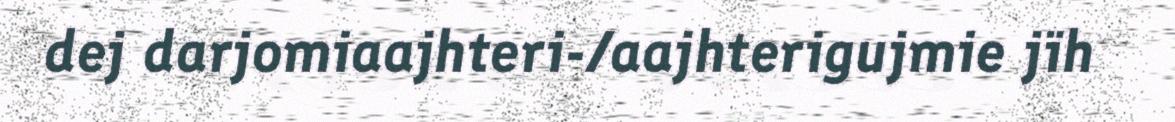
dej darjomiaajhteri-/aajhterigujmie jïh